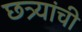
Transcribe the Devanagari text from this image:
छत्र्यांची